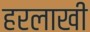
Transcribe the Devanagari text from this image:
हरलाखी